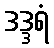
ဒဒ္ဒရံ